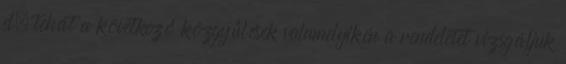
el, tehát a következő közgyűlések valamelyikén a rendeletet vizsgáljuk